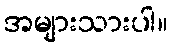
အများသားပါ။